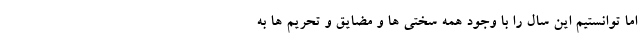
اما توانستیم این سال را با وجود همه سختی ها و مضایق و تحریم ها به